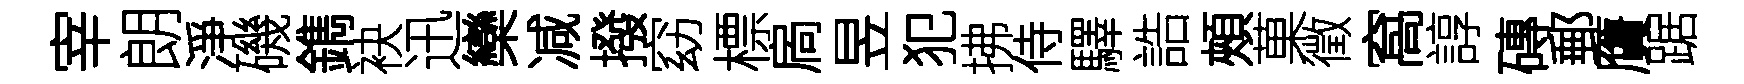
宰朗淨磯鐫袂迅欒减撥窈標扄昱犯拂侍驛誥頰菓徵窩諄磚郵贋踞